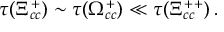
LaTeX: \tau ( \Xi _ { c c } ^ { + } ) \sim \tau ( \Omega _ { c c } ^ { + } ) \ll \tau ( \Xi _ { c c } ^ { + + } ) \, .